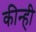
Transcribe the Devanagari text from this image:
कीन्‍ही